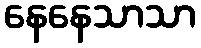
နေနေသာသာ